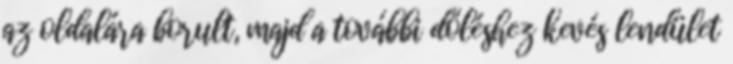
az oldalára borult, majd a további dőléshez kevés lendület